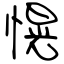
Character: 愰